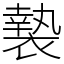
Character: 褺